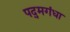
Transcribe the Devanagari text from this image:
पद्‌मगंधा